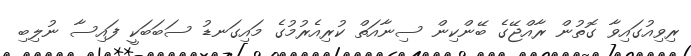
ރިވިއުގައިވާ ގޮތުން ރާއްޖޭގެ ބޭންކިން ސިނާއަތް ކުރިއެރުމުގެ މައިގަނޑު ސަބަބަކީ ފައިސާ ނުލިބި